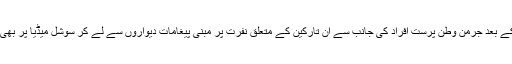
جرمنی میں شامی اور دیگر پناہ گزینوں کی آمد کے بعد جرمن وطن پرست افراد کی جانب سے ان تارکین کے متعلق نفرت پر مبنی پیغامات دیواروں سے لے کر سوشل میڈیا پر بھی نمایاں ہے اور ان میں بہت تیزی آتی جارہی ہے۔